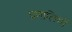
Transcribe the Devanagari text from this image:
प्रणालियों